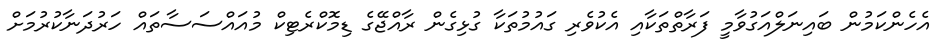
އެހެންކަމުން ބައިނަލްއަގުވާމީ ފަރާތްތަކާއި އެކުވެރި ގައުމުތަކާ ގުޅިގެން ރާއްޖޭގެ ޑިމޮކްރެޓިކް މުއައްސަސާތައް ހަރުދަނާކުރުމަށް